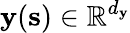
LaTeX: \boldsymbol{\mathbf{y}}(\mathbf{{s}})\in\mathbb{{R}}^{d_{\boldsymbol{\mathbf{y}}}}